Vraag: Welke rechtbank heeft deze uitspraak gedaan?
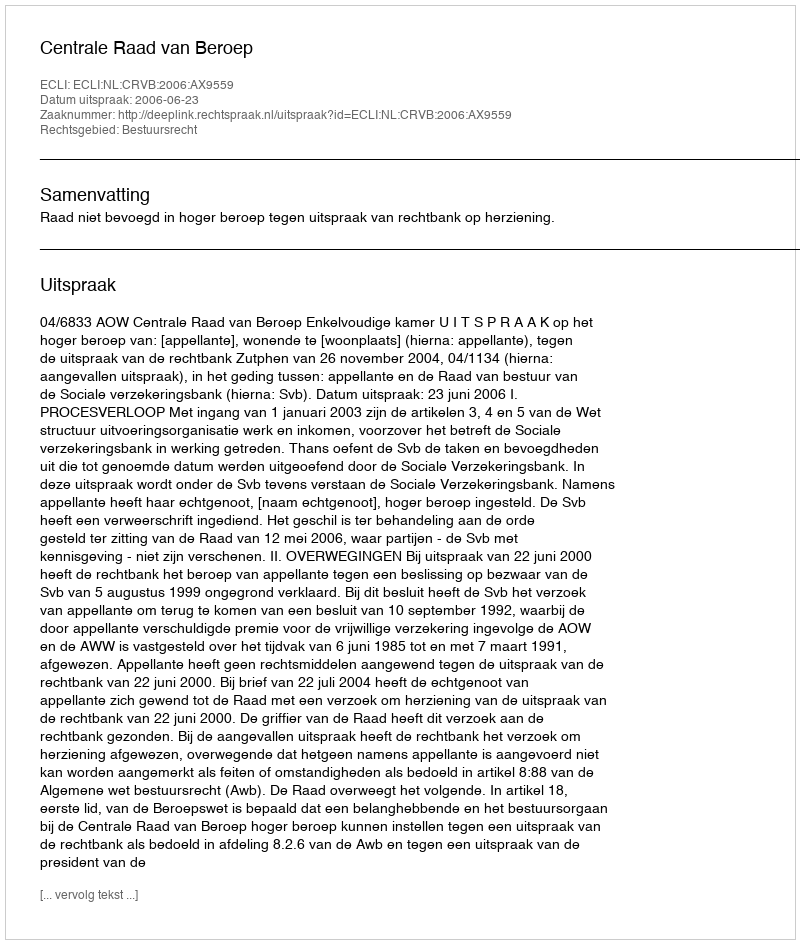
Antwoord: Centrale Raad van Beroep